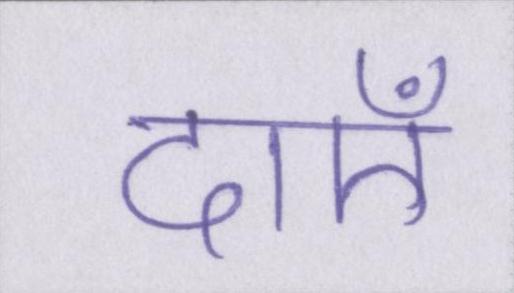
दाएँ